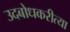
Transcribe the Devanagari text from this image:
उदबोधकरीत्या